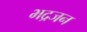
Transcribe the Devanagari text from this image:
भद्रजन